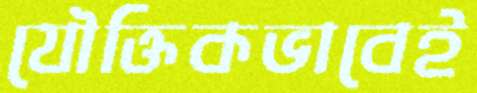
যৌক্তিকভাবেই